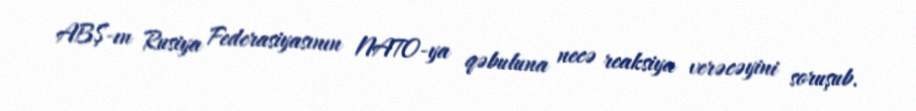
ABŞ-ın Rusiya Federasiyasının NATO-ya qəbuluna necə reaksiya verəcəyini soruşub.